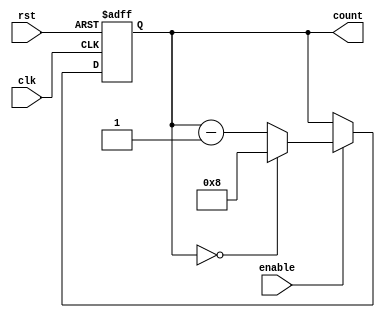
module ModuloN_Down_Counter (
    input wire clk,
    input wire rst,
    input wire enable,
    output reg [N-1:0] count
);

parameter N = 8; // Set the value of N for the counter

always @(posedge clk or posedge rst) begin
    if (rst) begin
        count <= N;
    end else begin
        if (enable) begin
            if (count == 0) begin
                count <= N;
            end else begin
                count <= count - 1;
            end
        end
    end
end

endmodule